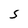
Character: S